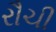
રૌચી